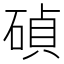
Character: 碵